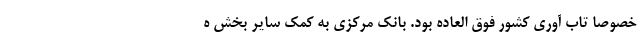
خصوصاً تاب آوری کشور فوق العاده بود. بانک مرکزی به کمک سایر بخش ه